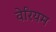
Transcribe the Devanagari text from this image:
वेरियम